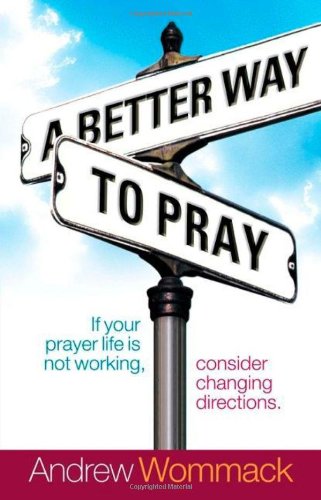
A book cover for A Better Way to Pray; Andrew Wommack; Christian Books & Bibles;